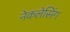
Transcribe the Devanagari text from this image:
नेकलेसिंग